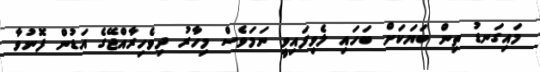
މައިގަނޑު ތިން ބަޔަކަށް ބަހައި ލެވިފައިވީ ނަމަވެސް މިހާރު ދިވެހިރާއްޖޭގެ އަޑުން ފޮނުވާ